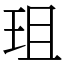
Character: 珇